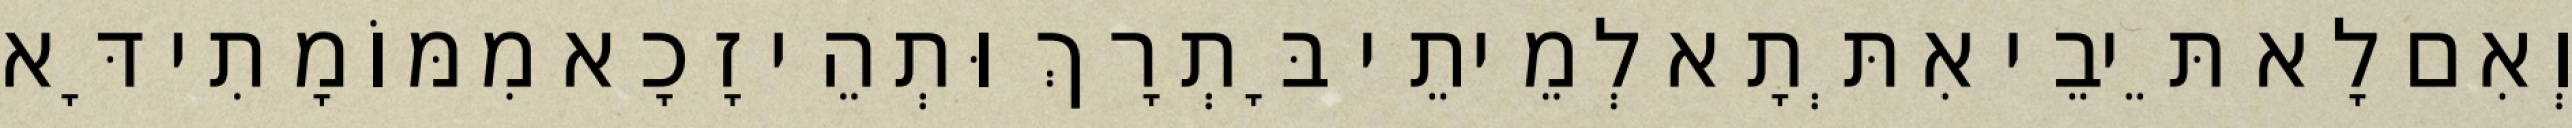
וְאִם לָא תֵּיבֵי אִתְּתָא לְמֵיתֵי בָּתְרָךְ וּתְהֵי זָכָא מִמּוֹמָתִי דָּא